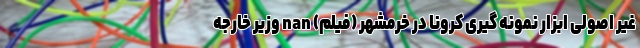
غیر اصولی ابزار نمونه گیری کرونا در خرمشهر (فیلم) nan وزیر خارجه